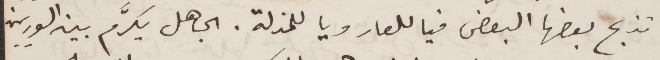
تذبح بعضها البعض فيا للعار ويا للمذلة. الجاهل يكرّم بين السوريين